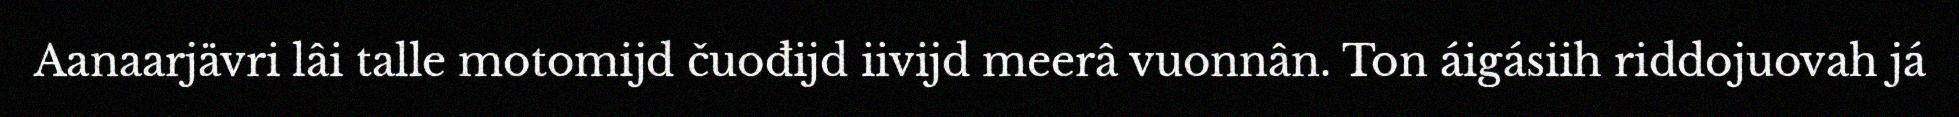
Aanaarjävri lâi talle motomijd čuođijd iivijd meerâ vuonnân. Ton áigásiih riddojuovah já